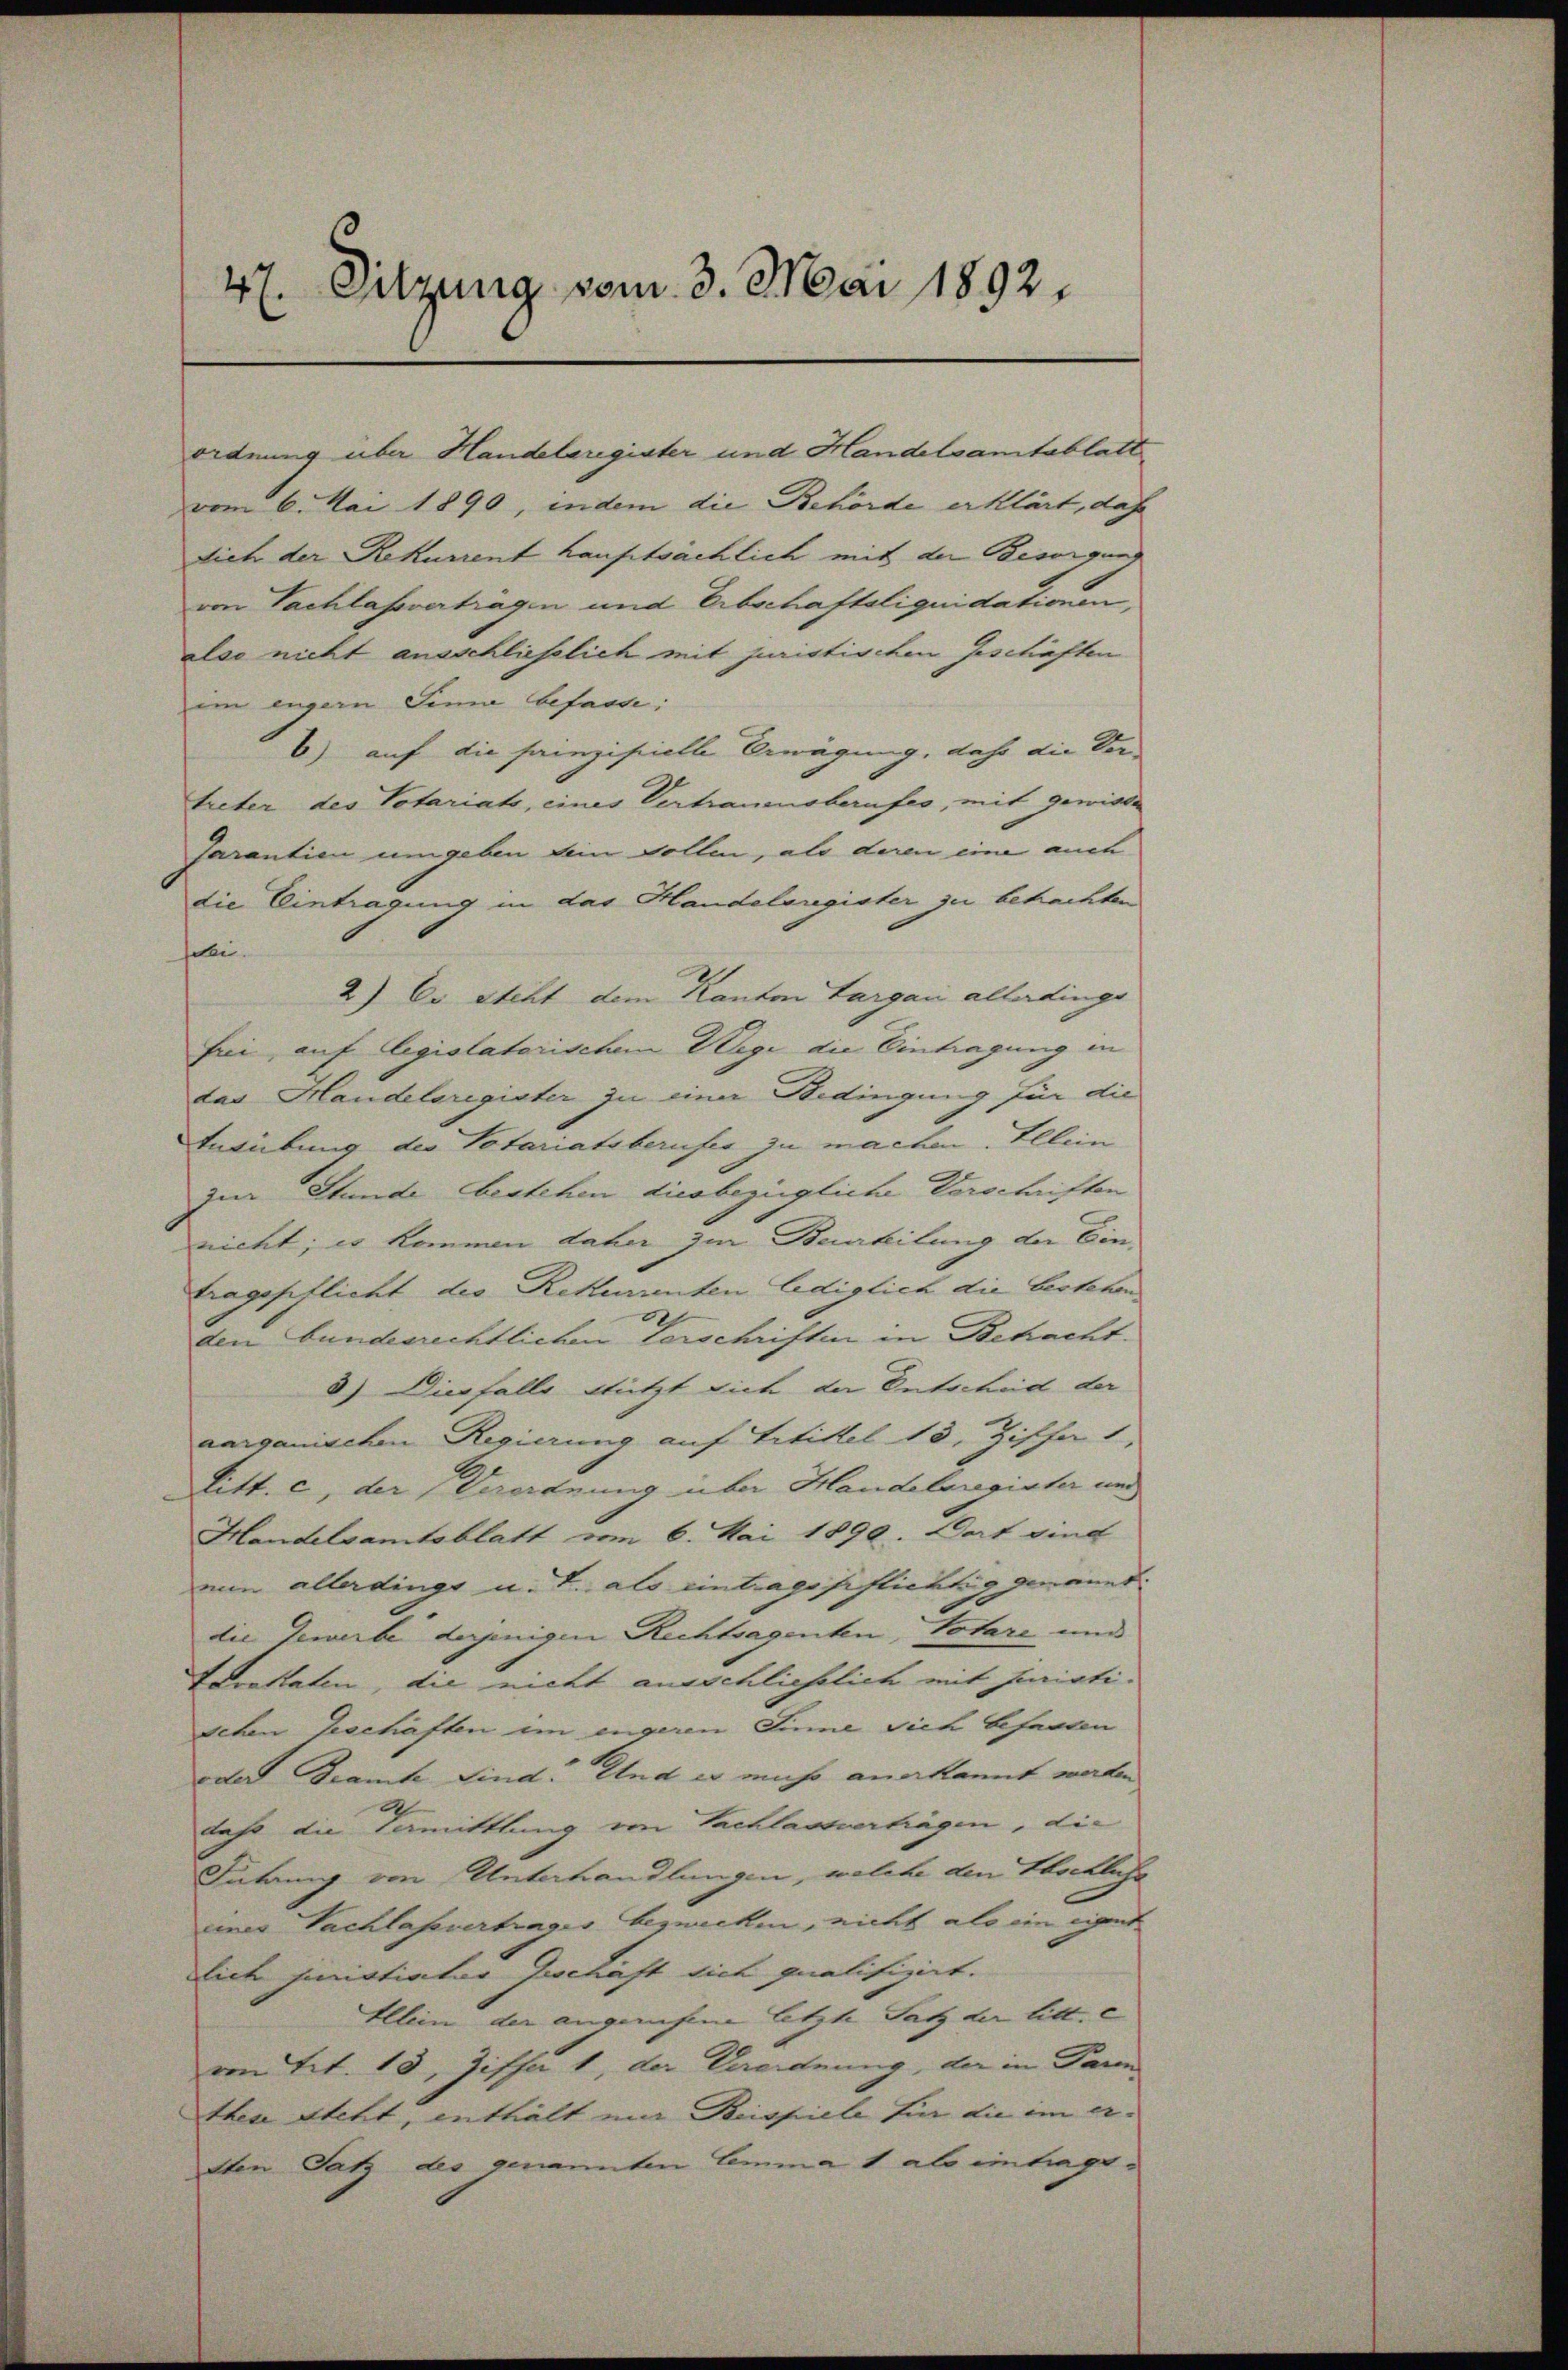
47. Sitzung vom 3. Mai 1892.

ordnung über Handelsregister und Handelsamtsblatt
vom 6. Mai 1890, indem die Behörde erklärt, daß
sich der Rekurrent hauptsächlich mit der Besorgung
von Sachlassvertragen und Erbschaftsliquidationen,
alse nicht ausschließlich mit juristischen Geschäften
im engern Sinne befasse;
6) auf die sainzipielle Bewägung, daß die Vertreter des Votariats, eines Vertrauensberufes, mit gewisse
Jarantien umgeben dein vollen, als deren eine auch
die Eintragung in das Handelsregister zu behachten
selbe.
2) Es steht dem Kanton Largau allerdings
bei, auf legislatorischem Wege die Eintragung in
das Handelsregister zu einer Bedingung für die
Indiebung des Votariatsberufes zu machen. Allein
zur Stunde Bestehen diesbezügliche Vorschriften
nicht; es kommen daher zur Beurteilung der Ein-
Eragespflicht der Rekuranten lediglich die bestehen
den Bundesrechtlichen Vorschriften in Schacht.
8) Diesfalle Stützt sich der Entscheid der
aarganischen Regierung auf Artikel 13, Ziffer
litt. c, der Verordnung über Handelsregister und
Handelsamtsblatt vom 6. Mai 1890. Dort sind
min allerdingt u. F. als eintragssistichtig genannt.
die Gewerbe derjenigen Rechtsagenten, Votare und
Errokaten, die nicht ausschließlich mit juristisehen Geschaften im engeren Sinne sich befanden
oder Beamte sind. Und er mich anerkannt werden
2
daß die Vermittlung von Sachlassertagen, die
Intring von Unterhandlungen, welche den Stockliche
einer Sachlafsvertrages bezwecken, nicht als ein eigent
Dich juristiater Geschäft sich qualifizirt.
Allein der angerufene letzte Satz der litt. c
von Tit. 13, Zische 1, der Verordnung, der in Pann
ttia steht, enthält mir Beispiele für die im ersten Satz des genannten Comma 1 als eintragt.